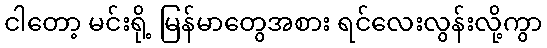
ငါတော့ မင်းရို့ မြန်မာတွေအစား ရင်လေးလွန်းလို့ကွာ